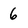
Character: 6